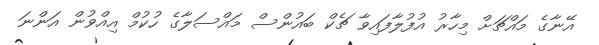
އޭނާގެ މައްޗަށް މިހާރު އުފުލާފައިވާ ޗެކް ބައުންސް މައްސަލާގެ ހުކުމް އިއްވުން އަންނަ